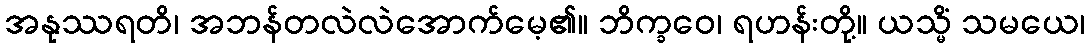
အနုဿရတိ၊ အဘန်တလဲလဲအောက်မေ့၏။ ဘိက္ခဝေ၊ ရဟန်းတို့။ ယသ္မိံ သမယေ၊